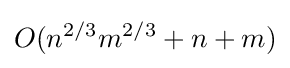
O(n^{2/3}m^{2/3}+n+m)